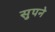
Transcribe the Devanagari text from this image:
सुपने